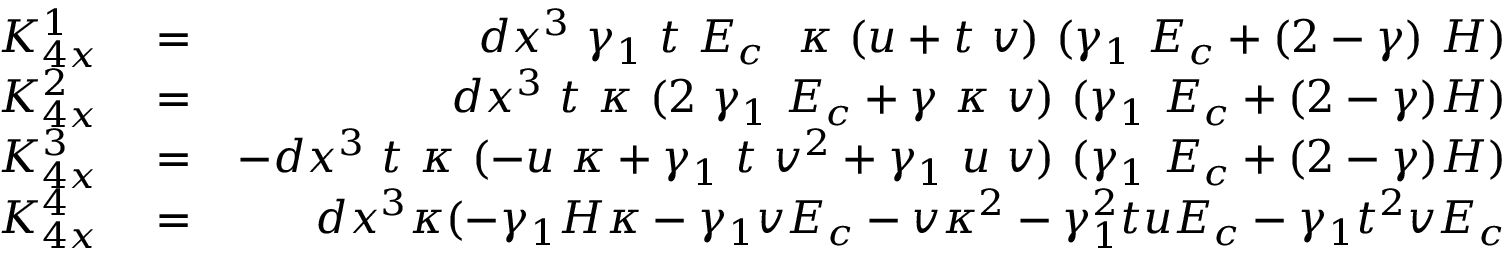
\begin{array} { r l r } { K _ { 4 x } ^ { 1 } } & { { } = } & { d x ^ { 3 } ~ \gamma _ { 1 } ~ t ~ E _ { c } ~ ~ \kappa ~ ( u + t ~ v ) ~ ( \gamma _ { 1 } ~ E _ { c } + ( 2 - \gamma ) ~ H ) } \\ { K _ { 4 x } ^ { 2 } } & { { } = } & { d x ^ { 3 } ~ t ~ \kappa ~ ( 2 ~ \gamma _ { 1 } ~ E _ { c } + \gamma ~ \kappa ~ v ) ~ ( \gamma _ { 1 } ~ E _ { c } + ( 2 - \gamma ) H ) } \\ { K _ { 4 x } ^ { 3 } } & { { } = } & { - d x ^ { 3 } ~ t ~ \kappa ~ ( - u ~ \kappa + \gamma _ { 1 } ~ t ~ v ^ { 2 } + \gamma _ { 1 } ~ u ~ v ) ~ ( \gamma _ { 1 } ~ E _ { c } + ( 2 - \gamma ) H ) } \\ { K _ { 4 x } ^ { 4 } } & { { } = } & { d x ^ { 3 } \kappa ( - \gamma _ { 1 } H \kappa - \gamma _ { 1 } v E _ { c } - v \kappa ^ { 2 } - \gamma _ { 1 } ^ { 2 } t u E _ { c } - \gamma _ { 1 } t ^ { 2 } v E _ { c } } \end{array}